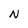
Character: n